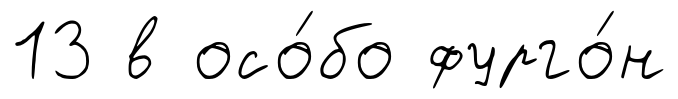
13 в осо́бо фурго́н